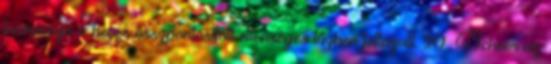
formációja a heves összpontosított ellenséges tűzben fellazult. 90 Scheer az